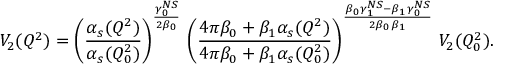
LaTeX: V _ { 2 } ( Q ^ { 2 } ) = \left( \frac { \alpha _ { s } ( Q ^ { 2 } ) } { \alpha _ { s } ( Q _ { 0 } ^ { 2 } ) } \right) ^ { \frac { \gamma _ { 0 } ^ { N S } } { 2 \beta _ { 0 } } } \, \left( \frac { 4 \pi \beta _ { 0 } + \beta _ { 1 } \alpha _ { s } ( Q ^ { 2 } ) } { 4 \pi \beta _ { 0 } + \beta _ { 1 } \alpha _ { s } ( Q _ { 0 } ^ { 2 } ) } \right) ^ { \frac { \beta _ { 0 } \gamma _ { 1 } ^ { N S } - \beta _ { 1 } \gamma _ { 0 } ^ { N S } } { 2 \beta _ { 0 } \beta _ { 1 } } } \, V _ { 2 } ( Q _ { 0 } ^ { 2 } ) .